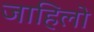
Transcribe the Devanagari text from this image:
जाहिलो